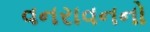
વનરાવનનો